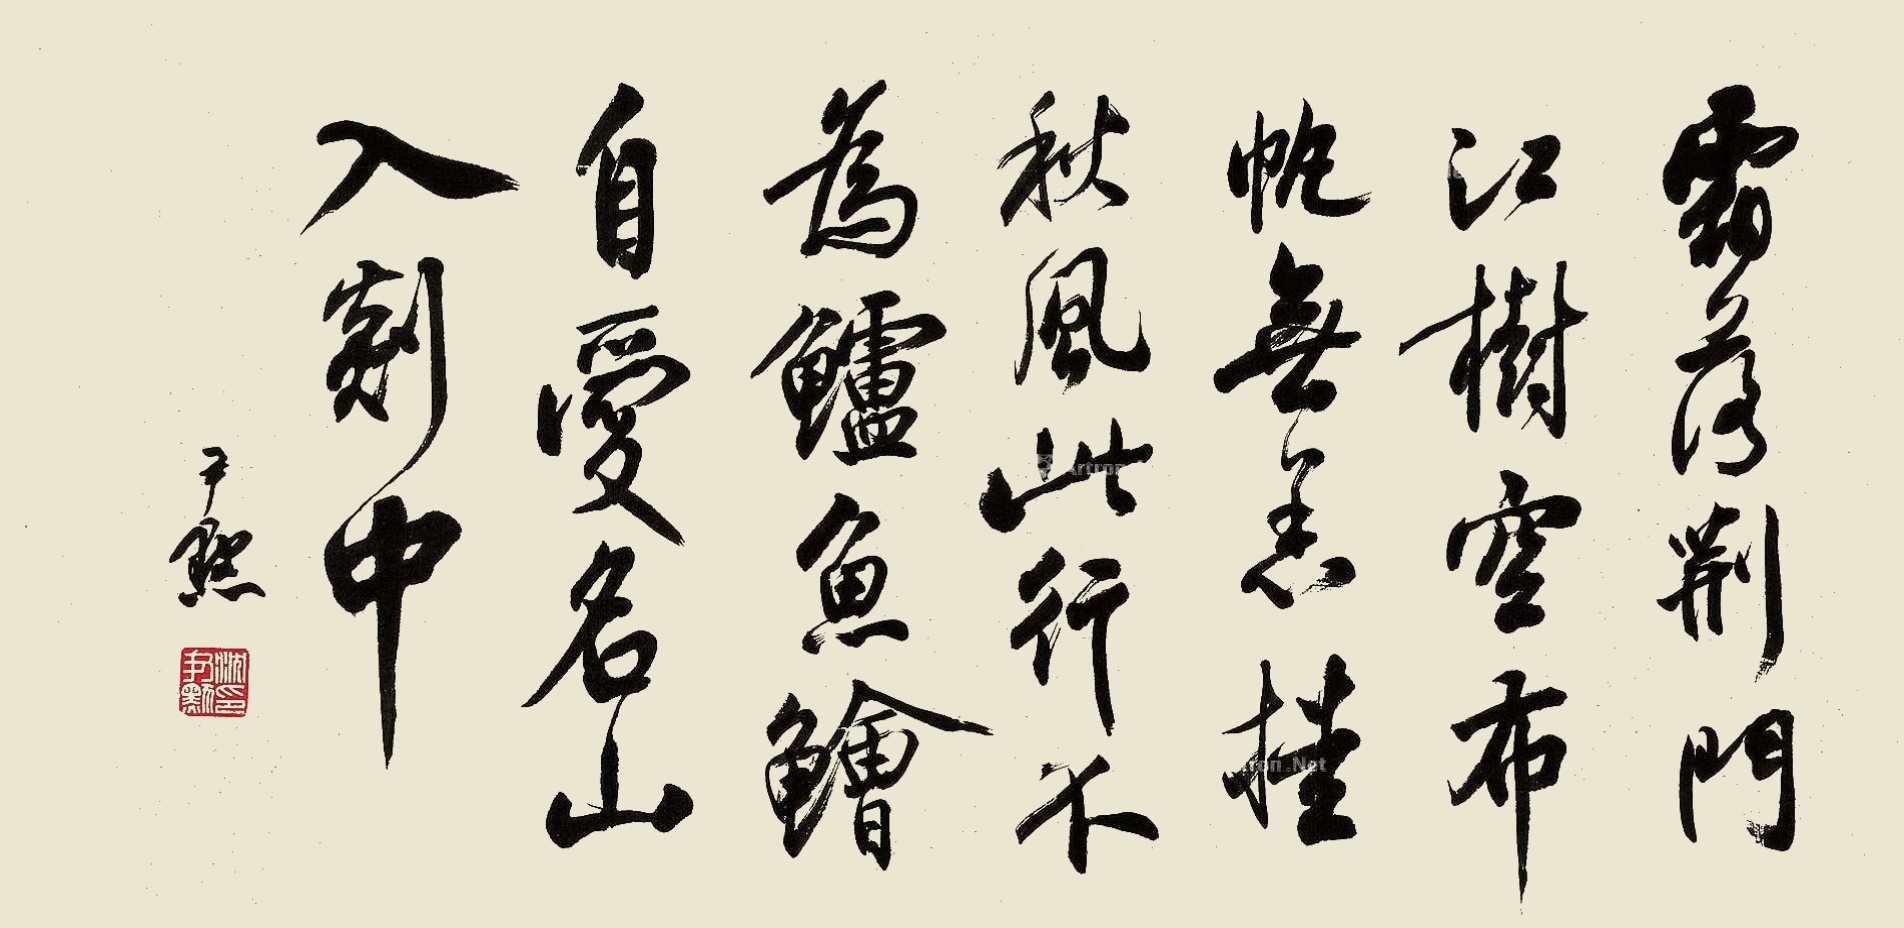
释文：霜落荆门江树空，布帆无恙挂秋风。此行不为鲈鱼鲙，自爱名山入剡中。尹默。